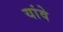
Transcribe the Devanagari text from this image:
यांवे